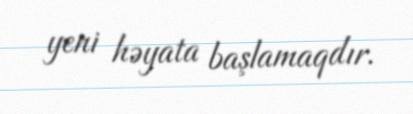
yeni həyata başlamaqdır.